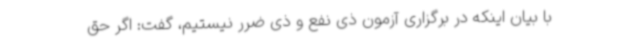
با بیان اینکه در برگزاری آزمون ذی نفع و ذی ضرر نیستیم، گفت: اگر حق